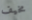
مخيف